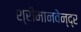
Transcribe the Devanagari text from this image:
श्रीमानवेन्द्र